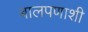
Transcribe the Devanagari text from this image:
बालपणाशी